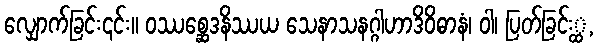
လျှောက်ခြင်း၎င်း။ ဝဿစ္ဆေဒနိဿယ သေနာသနဂ္ဂါဟာဒိဝိဓာနံ၊ ဝါ၊ ပြတ်ခြင်း္ထ,